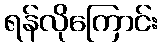
ရန်လိုကြောင်း